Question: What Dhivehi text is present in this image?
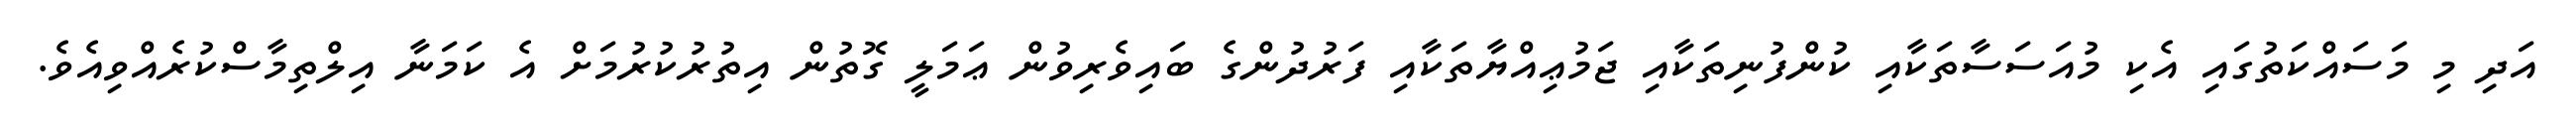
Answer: އަދި މި މަސައްކަތުގައި އެކި މުއަސަސާތަކާއި ކުންފުނިތަކާއި ޖަމުޢިއްޔާތަކާއި ފަރުދުންގެ ބައިވެރިވުން ޢަމަލީ ގޮތުން އިތުރުކުރުމަށް އެ ކަމަނާ އިލްތިމާސްކުރެއްވިއެވެ.